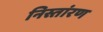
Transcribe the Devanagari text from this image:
निस्तांरण